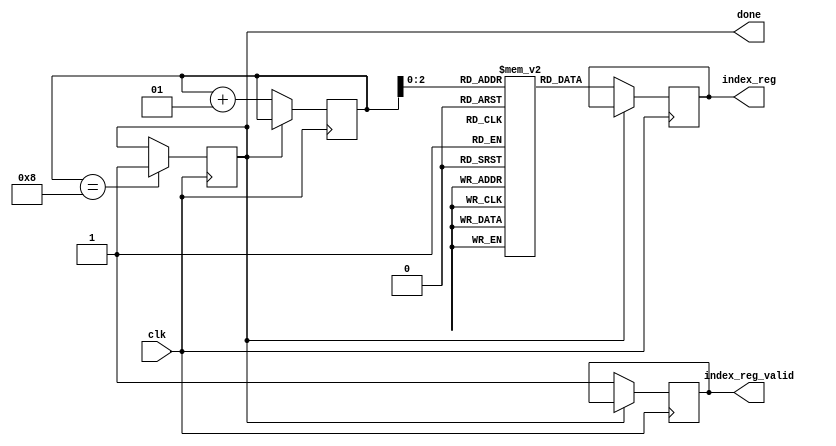
module get_data(clk,done,index_reg,index_reg_valid);
reg [2:0] mem[0:7];
input clk;
output reg [2:0] index_reg;
output reg index_reg_valid;
output done;
integer i=0;
initial begin
mem[0]=3;
mem[1]=4;
mem[2]=7;
mem[3]=2;
mem[4]=3;
mem[5]=5;
mem[6]=0;
mem[7]=2;
done=0;
index_reg_valid=0;
index_reg=0;
end
always@(posedge clk) begin
if(done==0) begin
index_reg<=mem[i];
index_reg_valid<=1;
i<=i+1;
end
if(i==8) begin
done<=1;
end
end
endmodule